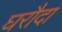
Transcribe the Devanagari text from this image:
घरौदा